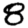
Digit: 8